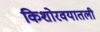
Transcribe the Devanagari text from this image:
किशोरवयातली